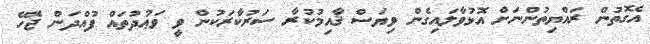
އެގޮތުން ރައްޔިތުންނަށް އޮޅުވާލައިގެން ވިޔަސް ޤާއިމުކުރާ ސަރުކާރަކުން ވީ ވަޢުދުތައް ފުއްދަން ޖެހޭ